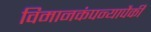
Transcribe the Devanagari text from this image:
विमानकंपन्यापैकी